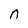
Character: n